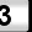
Digit: 3